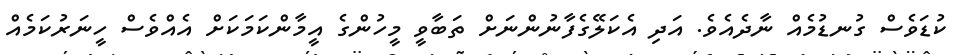
ކުޑަވެސް ގުނޑުމެއް ނާދެއެވެ. އަދި އެކަލޭގެފާނުންނަށް ތަބާވީ މީހުންގެ އީމާންކަމަކަށް އެއްވެސް ހީނަރުކަމެއް